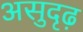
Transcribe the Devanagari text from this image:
असुदृढ़